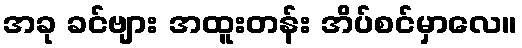
အခု ခင်ဗျား အထူးတန်း အိပ်စင်မှာလေ။